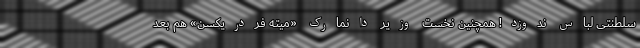
سلطنتی لباس ندوزد! همچنین نخست وزیر دانمارک «میته فردریکسن» هم بعد